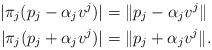
LaTeX: \begin{align*}|\pi_j(p_j - \alpha_j v^j)| &= \| p_j - \alpha_j v^j \| \\|\pi_j(p_j + \alpha_j v^j)|&= \| p_j + \alpha_j v^j \|.\end{align*}